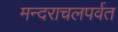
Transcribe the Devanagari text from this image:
मन्दराचलपर्वत